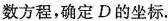
数方程，确定D的坐标.